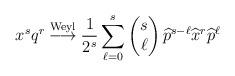
LaTeX: \begin{align*}x^{s}q^{r}\overset{\mathrm{Weyl}}{\longrightarrow}\frac{1}{2^{s}}\sum_{\ell=0}^{s}\begin{pmatrix}s\\\ell\end{pmatrix}\widehat{p}^{s-\ell}\widehat{x}^{r}\widehat{p}^{\ell} \end{align*}